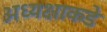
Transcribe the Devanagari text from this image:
अध्यक्षाकडे